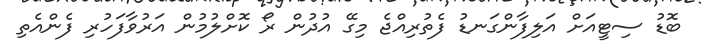
ބޮޑު ސިޓީއަށް އަލިފާންގަނޑު ފެތުރިއްޖެ މިގޭ އުދުން ރޯ ކޮށްލުމުން އަރުވާފަހުރި ފެންއެތި